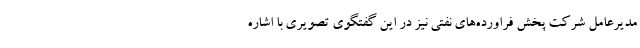
مدیرعامل شرکت پخش فراورده‌های نفتی نیز در این گفتگوی تصویری با اشاره